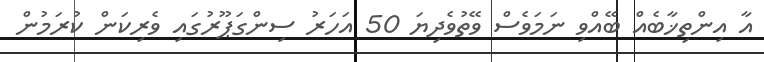
އާ އިންތިޚާބެއް ބޭއްވި ނަމަވެސް ވޭތުވެދިޔަ 50 އަހަރު ސިންގަޕޫރުގައި ވެރިކަން ކުރަމުން